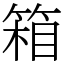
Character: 箱